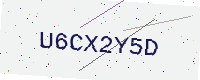
Text: U6CX2Y5D